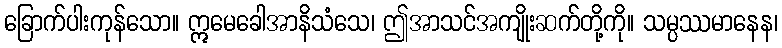
ခြောက်ပါးကုန်သော။ ဣမေခေါအာနိသံသေ၊ ဤအာသင်အကျိုးဆက်တို့ကို။ သမ္ပဿမာနေန၊